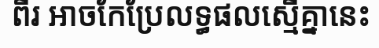
ពីរ អាចកែប្រែលទ្ធផលស្មើគ្នានេះ